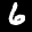
Label: 6